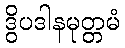
ဒွိပဒါနမုတ္တမံ